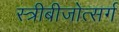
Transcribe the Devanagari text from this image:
स्त्रीबीजोत्सर्ग